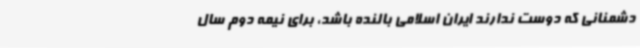
دشمنانی که دوست ندارند ایران اسلامی بالنده باشد، برای نیمه دوم سال